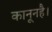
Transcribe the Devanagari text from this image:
कानूनहै।